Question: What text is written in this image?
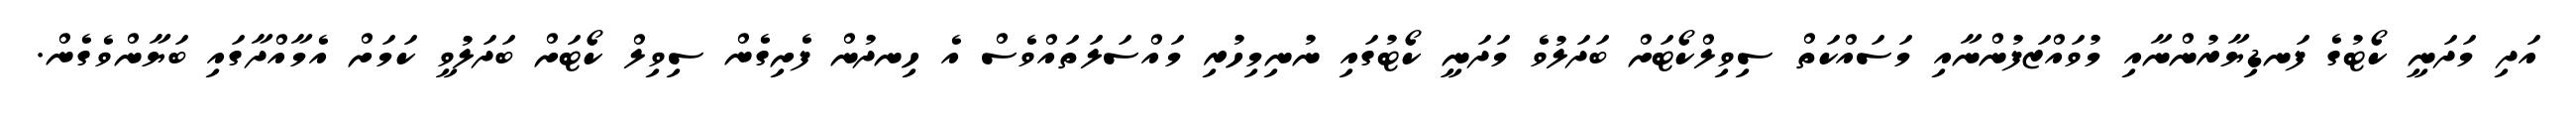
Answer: އަދި މަދަނީ ކޯޓުގެ ފަނޑިޔާރުންނާއި މުވައްޒަފުންނާއި މަސައްކަތް ސިވިލްކޯޓަށް ބަދަލުވެ މަދަނީ ކޯޓުގައި ނުނިމިހުރި މައްސަލަތައްވެސް އެ ހިނދުން ފެށިގެން ސިވިލް ކޯޓަށް ބަދަލުވީ ކަމަށް އެމާއްދާގައި ބަޔާންވެގެން.